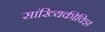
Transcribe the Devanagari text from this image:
सांख्यिकीविज्ञ